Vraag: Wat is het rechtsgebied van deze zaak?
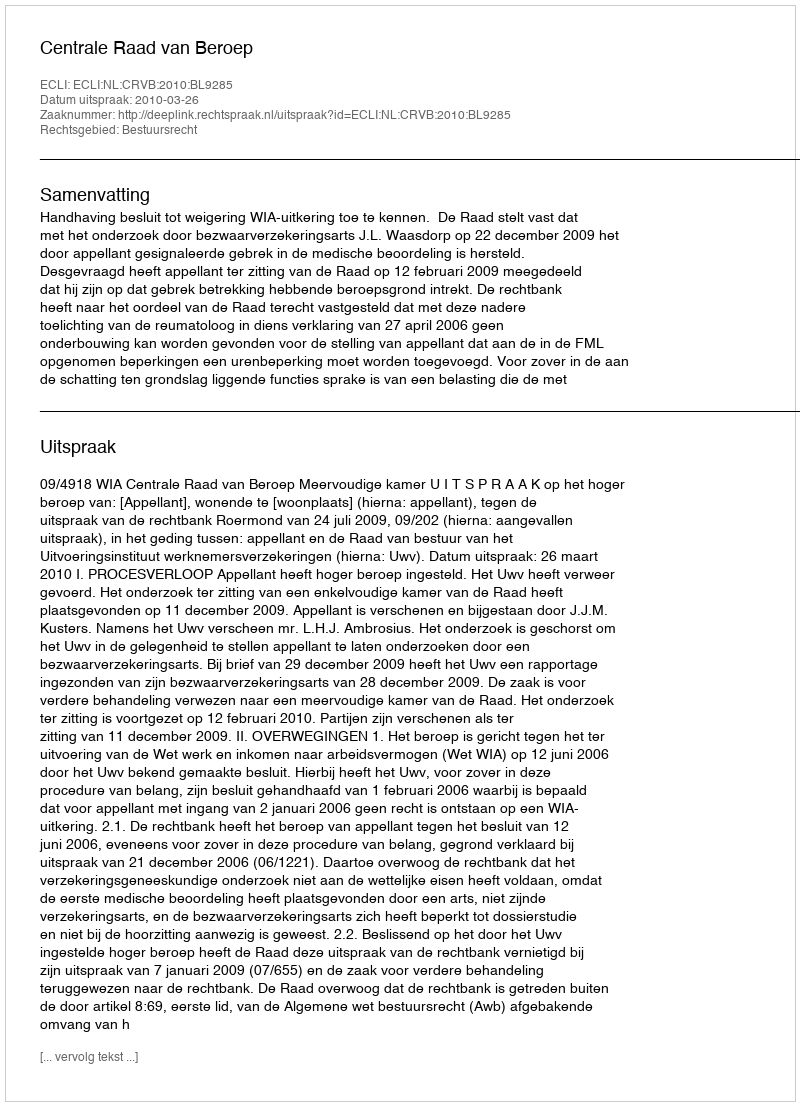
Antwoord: Bestuursrecht